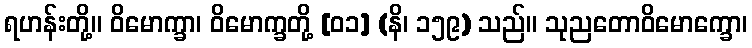
ရဟန်းတို့။ ဝိမောက္ခာ၊ ဝိမောက္ခတို့ [၀၁] (နိ၊ ၁၅၉) သည်။ သုညတောဝိမောက္ခော၊